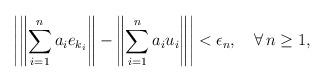
LaTeX: \begin{align*}\left|\left\|\sum\limits_{i=1}^{n}a_ie_{k_{i}}\right\|-\left\|\sum\limits_{i=1}^{n}a_iu_{i}\right\|\right|<\epsilon_n,\quad\forall\,n\geq 1, \end{align*}